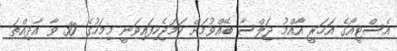
އެސްޓީއޯގެ އަހަރީ އާއްމު ޖަލްސާ ބޭއްވުމަށް ހަމަޖެހިފައިވަނީ މިމަހުގެ 30 ވާ އާދިއްތަ